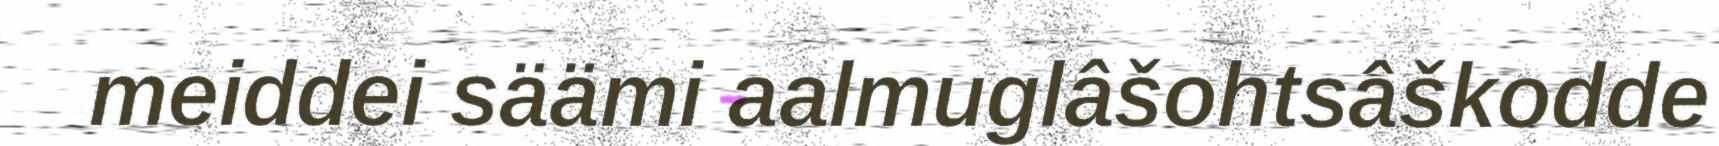
meiddei säämi aalmuglâšohtsâškodde